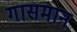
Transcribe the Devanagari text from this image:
गासमान